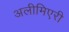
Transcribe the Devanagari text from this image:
अलीमिएरी